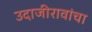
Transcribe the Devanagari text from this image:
उदाजीरावांचा